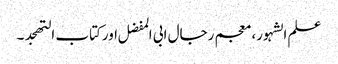
علم الشہور، معجم رجال ابی المفضل اورکتاب التھجد ۔